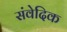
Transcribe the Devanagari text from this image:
संवेदिक